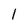
Character: 1